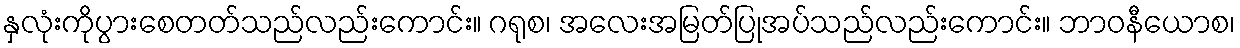
နှလုံးကိုပွားစေတတ်သည်လည်းကောင်း။ ဂရုစ၊ အလေးအမြတ်ပြုအပ်သည်လည်းကောင်း။ ဘာဝနီယောစ၊